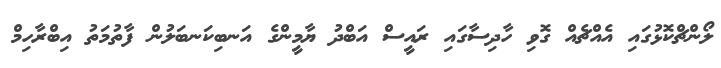
ލޯންޗްކޮޅުގައި އެއްޗެއް ގޮވި ހާދިސާގައި ރައީސް އަބްދު ޔާމީންގެ އަނބިކަނބަލުން ފާތުމަތު އިބްރާހިމް